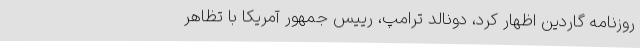
روزنامه گاردین اظهار کرد، دونالد ترامپ، رییس جمهور آمریکا با تظاهر